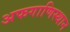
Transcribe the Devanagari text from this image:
अफगाणिस्थान